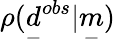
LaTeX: \rho(\underset{-}{d}^{obs}|\underset{-}{m})